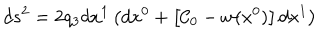
d s ^ { 2 } = 2 q _ { 3 } d x ^ { 1 } \left( d x ^ { 0 } + \left[ { \cal { C } } _ { 0 } - w ( x ^ { 0 } ) \right] d x ^ { 1 } \right)